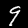
Digit: 9